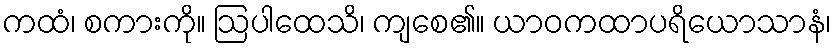
ကထံ၊ စကားကို။ ဩပါထေသိ၊ ကျစေ၏။ ယာဝကထာပရိယောသာနံ၊